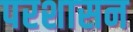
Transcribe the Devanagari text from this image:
परशासन